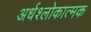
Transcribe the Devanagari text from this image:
अर्धश्लोकात्मक